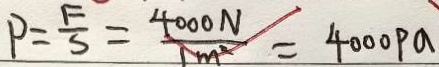
P = \frac { F } { S } = \frac { 4 0 0 0 N } { 1 m ^ { 2 } } = 4 0 0 0 P a